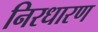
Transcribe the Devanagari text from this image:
निरधारण